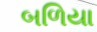
બળિયા